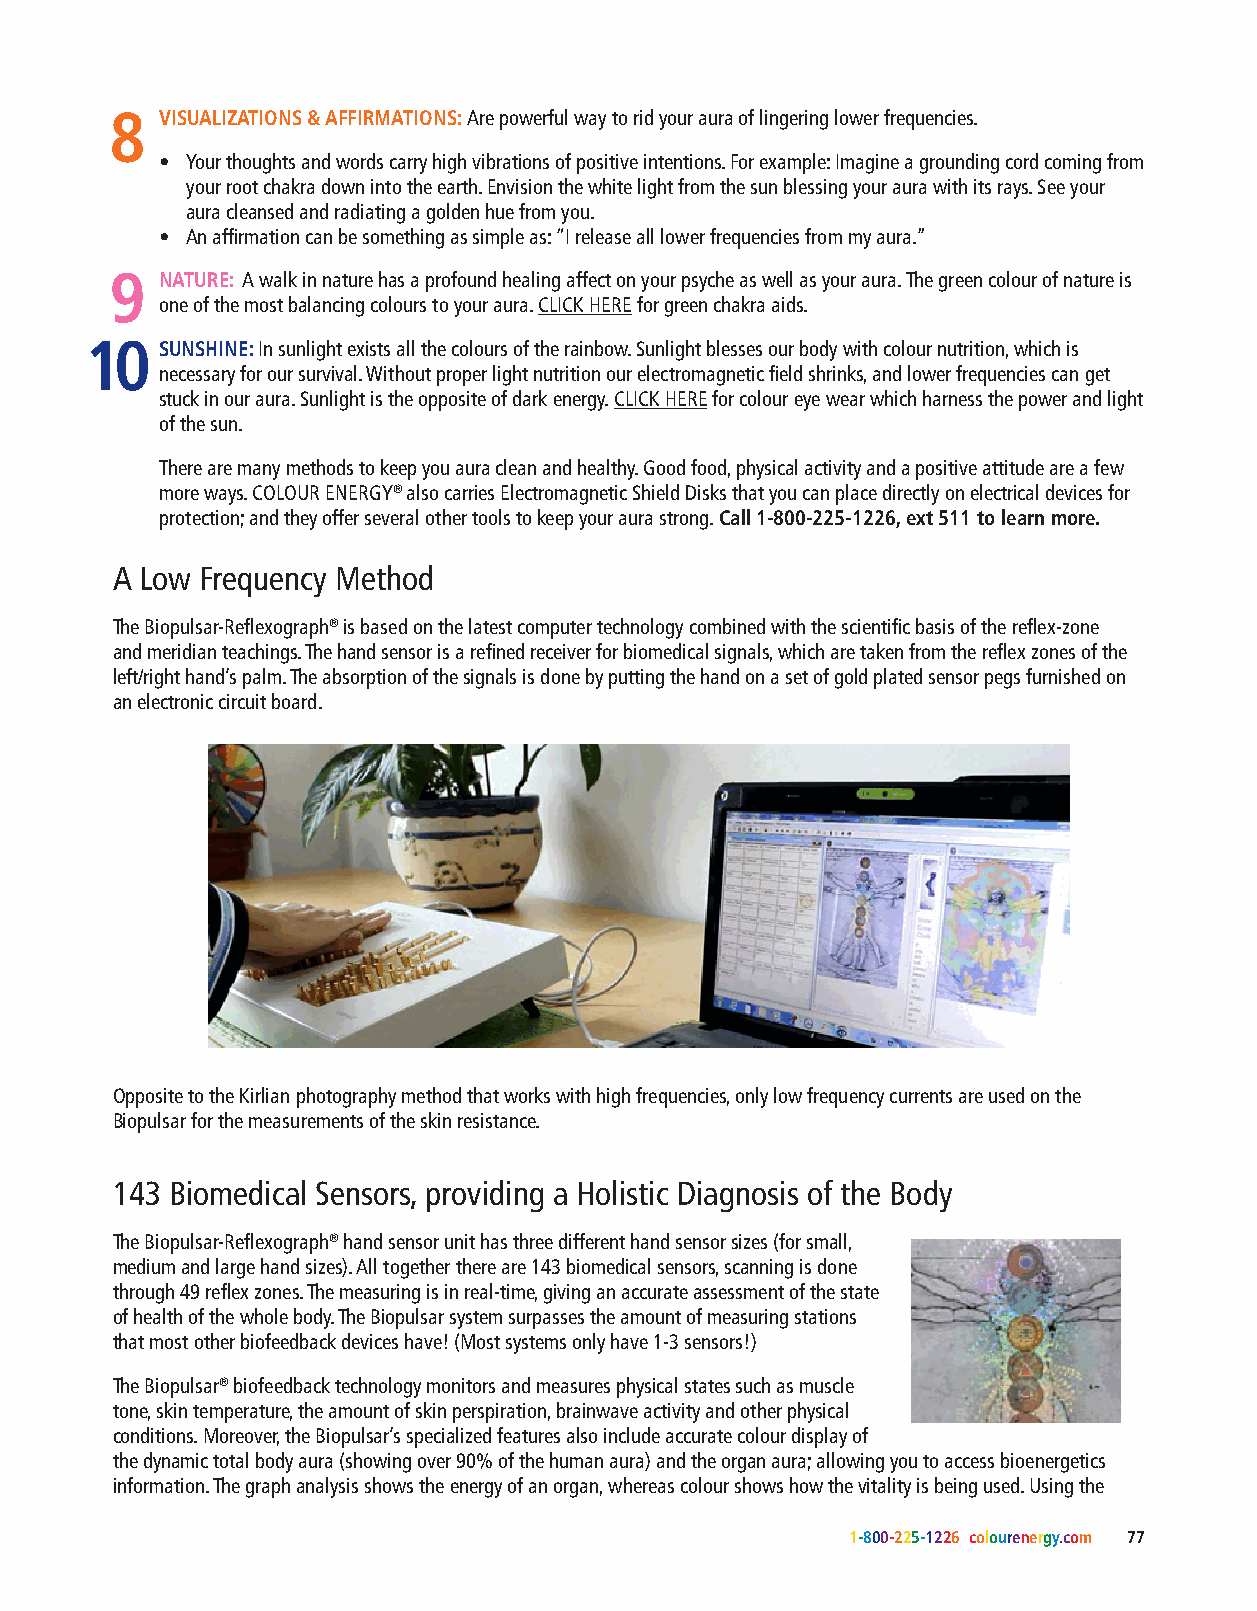
8   VISUALIZATIONS & AFFIRMATIONS: Are powerful way to rid your aura of lingering lower frequencies.
 • Your thoughts and words carry high vibrations of positive intentions. For example: Imagine a grounding cord coming from
 your root chakra down into the earth. Envision the white light from the sun blessing your aura with its rays. See your
 aura cleansed and radiating a golden hue from you.
 • An affirmation can be something as simple as: “I release all lower frequencies from my aura.”
 9   NATURE: A walk in nature has a profound healing affect on your psyche as well as your aura. The green colour of nature is
 one of the most balancing colours to your aura. CLICK HERE for green chakra aids.
 10   SUNSHINE: In sunlight exists all the colours of the rainbow. Sunlight blesses our body with colour nutrition, which is
 necessary for our survival. Without proper light nutrition our electromagnetic field shrinks, and lower frequencies can get
 stuck in our aura. Sunlight is the opposite of dark energy. CLICK HERE for colour eye wear which harness the power and light
 of the sun.
 Susanne Murphy
 There are many methods to keep you aura clean and healthy. Good food, physical activity and a positive attitude are a few
 Senior Colour Therapist, Biopulsar® Analyst & Instructor,
 more ways. COLOUR ENERGY® also carries Electromagnetic Shield Disks that you can place directly on electrical devices for
 International Biofield Expert, Crystal Light™ Therapist,
 protection; and they offer several other tools to keep your aura strong. Call 1-800-225-1226, ext 511 to learn more.
 Speaker & Author
 A Low Frequency Method
 The Biopulsar-Reflexograph® is based on the latest computer technology combined with the scientific basis of the reflex-zone
 and meridian teachings. The hand sensor is a refined receiver for biomedical signals, which are taken from the reflex zones of the
 left/right hand’s palm. The absorption of the signals is done by putting the hand on a set of gold plated sensor pegs furnished on
 an electronic circuit board.
 Opposite to the Kirlian photography method that works with high frequencies, only low frequency currents are used on the
 Biopulsar for the measurements of the skin resistance.
 143 Biomedical Sensors, providing a Holistic Diagnosis of the Body
 The Biopulsar-Reflexograph® hand sensor unit has three different hand sensor sizes (for small,
 medium and large hand sizes). All together there are 143 biomedical sensors, scanning is done
 through 49 reflex zones. The measuring is in real-time, giving an accurate assessment of the state
 of health of the whole body. The Biopulsar system surpasses the amount of measuring stations
 that most other biofeedback devices have! (Most systems only have 1-3 sensors!)
 The Biopulsar® biofeedback technology monitors and measures physical states such as muscle
 tone, skin temperature, the amount of skin perspiration, brainwave activity and other physical
 conditions. Moreover, the Biopulsar’s specialized features also include accurate colour display of
 the dynamic total body aura (showing over 90% of the human aura) and the organ aura; allowing you to access bioenergetics
 information. The graph analysis shows the energy of an organ, whereas colour shows how the vitality is being used. Using the
 1-800-225-1226 colourenergy.com 77